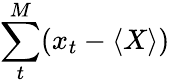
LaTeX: \sum_{t}^{M}(x_{t}-\langle X\rangle)